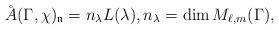
LaTeX: \begin{align*} \AA(\Gamma,\chi)_{\mathfrak{n}}=n_\lambda L(\lambda),n_\lambda=\dim M_{\ell,m}(\Gamma),\end{align*}